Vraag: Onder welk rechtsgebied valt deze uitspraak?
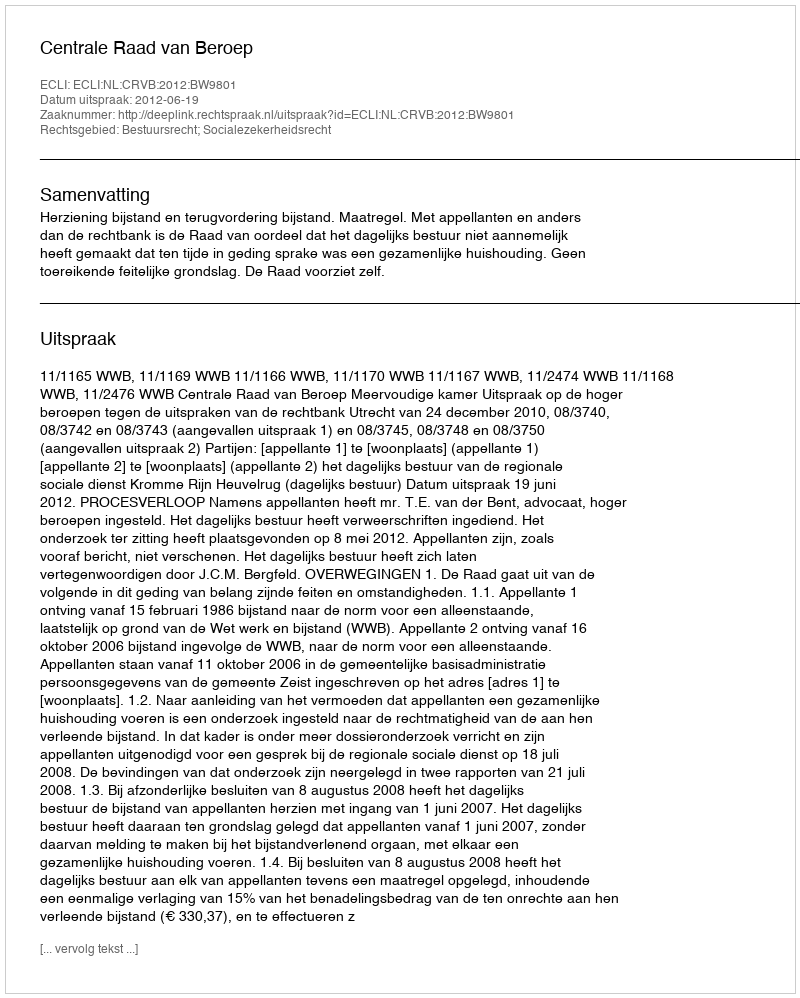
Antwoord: Bestuursrecht; Socialezekerheidsrecht